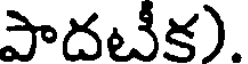
పాదటీక).